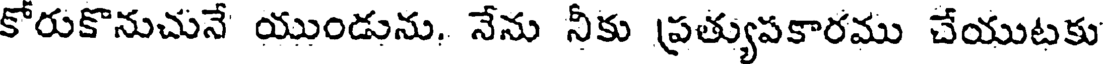
కోరుకొనుచునే యుండును. నేను నీకు ప్రత్యుపకారము చేయుటకు